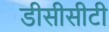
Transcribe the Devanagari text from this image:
डीसीसीटी